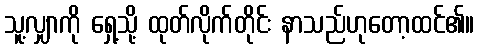
သူ့လျှာကို ရှေ့သို့ ထုတ်လိုက်တိုင်း နာသည်ဟုတော့ထင်၏။